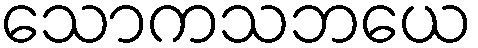
သောကသဘယေ